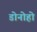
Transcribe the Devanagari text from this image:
डोनोहो